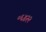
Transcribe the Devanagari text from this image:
०६४२२